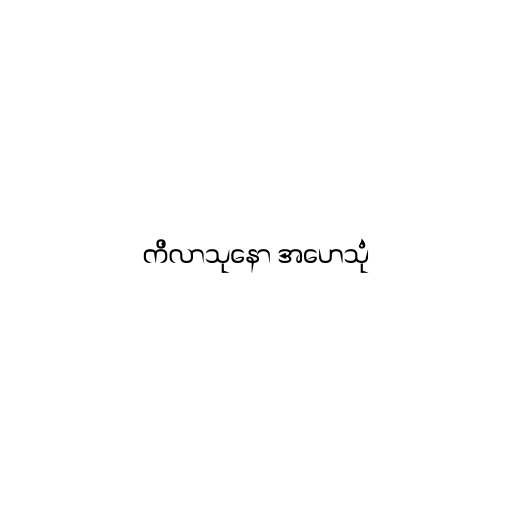
ကိလာသုနော အဟေသုံ